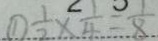
\textcircled { 1 } \frac { 1 } { 2 } \times \frac { 1 } { 4 } = \frac { 1 } { 8 }